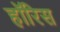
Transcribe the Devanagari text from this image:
हॉरिस